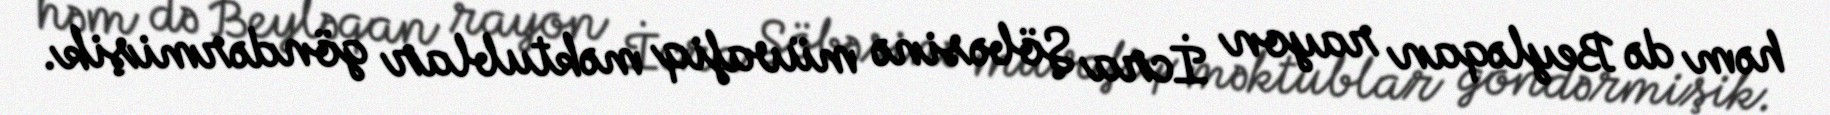
həm də Beyləqan rayon İcra Şöbəsinə müvafiq məktublar göndərmişik.